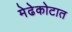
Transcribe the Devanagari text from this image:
मेढेकोटात